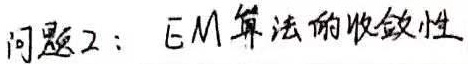
问题2：EM算法的收敛性